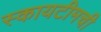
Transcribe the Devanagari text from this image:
स्कायटीमची